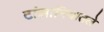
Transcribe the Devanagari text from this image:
टांझानियातले